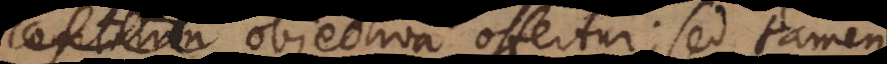
cogitativa objectiva offertur; sed tamen